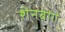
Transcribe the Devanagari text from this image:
शेनबाग़